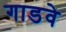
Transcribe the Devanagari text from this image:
गाडवे